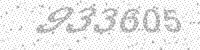
Solution: 933605